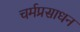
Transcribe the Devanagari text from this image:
चर्मप्रसाधन